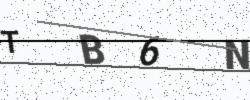
Text: TB6N